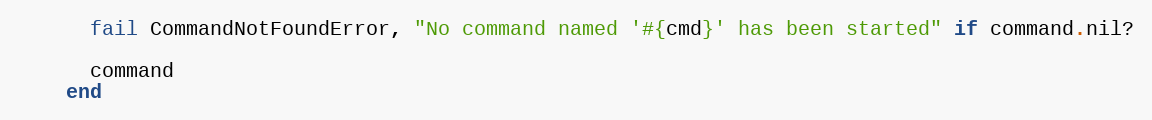
Language: Ruby
      fail CommandNotFoundError, "No command named '#{cmd}' has been started" if command.nil?

      command
    end